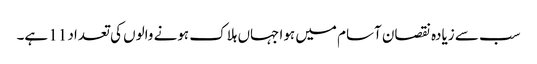
سب سے زیادہ نقصان آسام میں ہوا جہاں ہلاک ہونے والوں کی تعداد 11 ہے۔